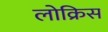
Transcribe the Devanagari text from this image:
लोक्रिस